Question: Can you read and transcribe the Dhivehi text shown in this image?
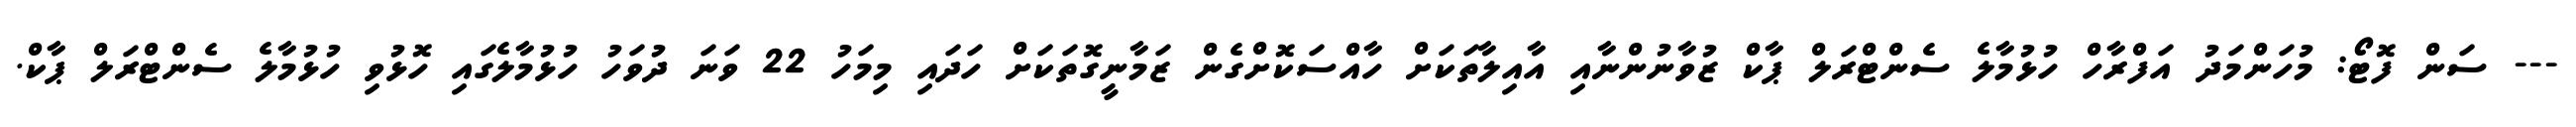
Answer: --- ސަން ފޮޓޯ: މުހަންމަދު އަފްރާހް ހުޅުމާލެ ސެންޓްރަލް ޕާކް ޒުވާނުންނާއި އާއިލާތަކަށް ހާއްސަކޮށްގެން ޒަމާނީގޮތަކަށް ހަދައި މިމަހު 22 ވަނަ ދުވަހު ހުޅުމާލެގައި ހޮޅުވި ހުޅުމާލެ ސެންޓްރަލް ޕާކް.